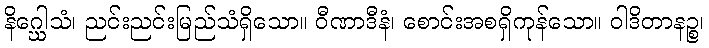
နိဂ္ဃေါသံ၊ ညင်းညင်းမြည်သံရှိသော။ ဝီဏာဒီနံ၊ စောင်းအစရှိကုန်သော။ ဝါဒိတာနဉ္စ၊